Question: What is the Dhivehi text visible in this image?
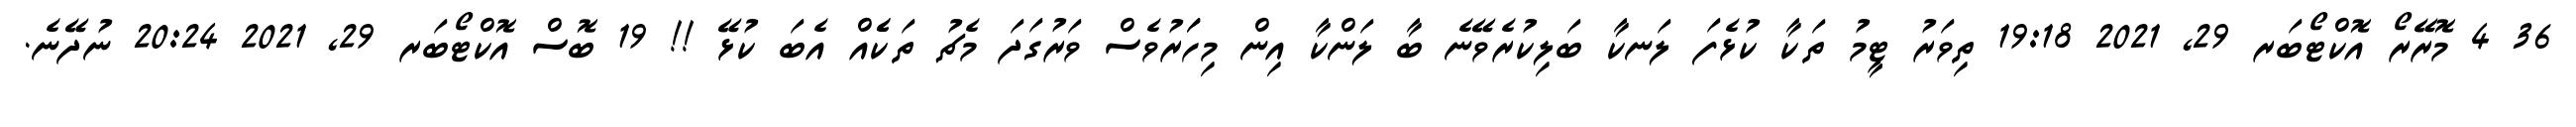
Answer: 36 4 މޮރޭރޯ އޮކްޓޯބަރ 29, 2021 19:18 ތިވަރު ޓީމު ތަކާ ކުޅެފަ ލަނކާ ބަލިކުރެވޭނެ ބާ ލަންކާ އިން މިހަަރުވެސް ވަރުގަދަ މެޗު ތަކެެއް އެބަ ކުޅޭ !! 19 ބޮސް އޮކްޓޯބަރ 29, 2021 20:24 ނުދޭނެ.